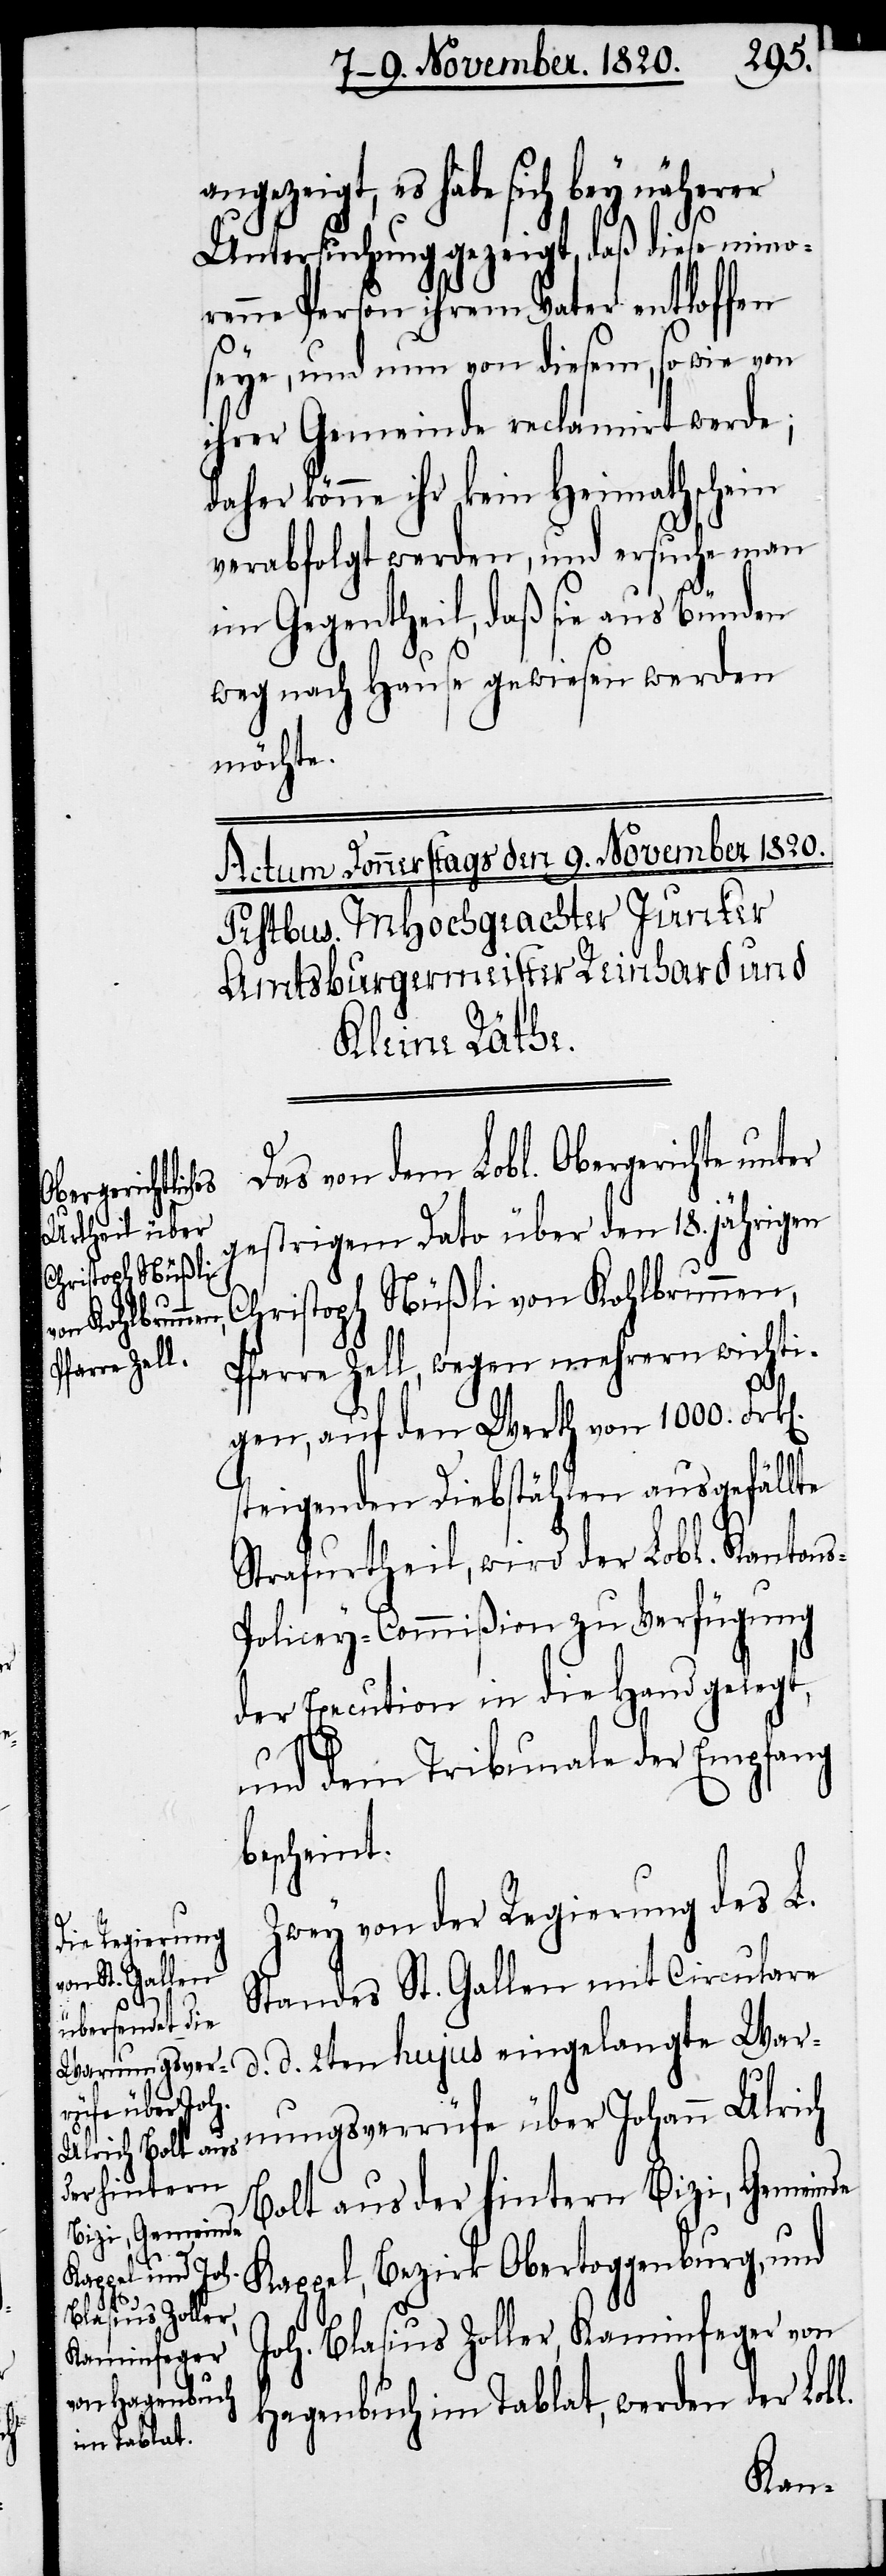
n].

angezeigt, es habe sich bey näherer
Untersuchung gezeigt, daß diese mino¬
renne Person ihrem Vater entloffen
seye, und nun von diesem, sowie von
ihrer Gemeinde reclamirt werde;
daher könne ihr kein Heimathschein
verabfolgt werden, und ersuche man
im Gegentheil, daß sie aus Bünden
weg nach Hause gewiesen werden
möchte.
Das von dem Lobl. Obergerichte
gestrigem Dato über den 18. jährigen
Christoph Nüßli von Kohlbrunnen,
Pfarre Zell, wegen mehrern wichti¬
gen, auf den Werth von 1000. Frk[e¬
steigenden Diebstählen ausgefällte
Strafurtheil, wird der Lobl. Kanton¬
s-Policey-Commißion zu Verfügung
der Execution in die Hand gelegt,
und dem Tribunale der Empfang
bescheint.
Zwey von der Regierung des L.
Standes St. Gallen mit Circulare
d. d. 2ten hujus eingelangte War¬
nungsverrüfe über Johann Ulrich
Bolt aus der hintern Bizi, Gemeinde
Kappel, Bezirk Obertoggenburg, und
Joh. Blasius Zoller, Kaminfeger von
Hagenbuch im Tablat, werden der Lobl.